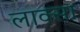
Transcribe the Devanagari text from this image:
लाक्सा